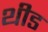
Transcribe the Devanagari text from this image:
थीड